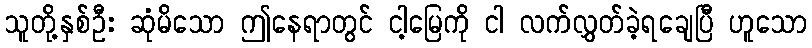
သူတို့နှစ်ဦး ဆုံမိသော ဤနေရာတွင် ငါ့မြေကို ငါ လက်လွှတ်ခဲ့ရချေပြီ ဟူသော